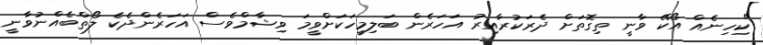
"ކިހިނެއް އޯކޭ ވާނީ ތިގޮތަށް ދެރަކުރާއިރު އަހަރެން ބަލިމީހަކަށްވީމަ ވިޝާމްވެސް އަހަރެންދެކެ ލޯތްބެއްނުވާނީ